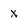
Character: x